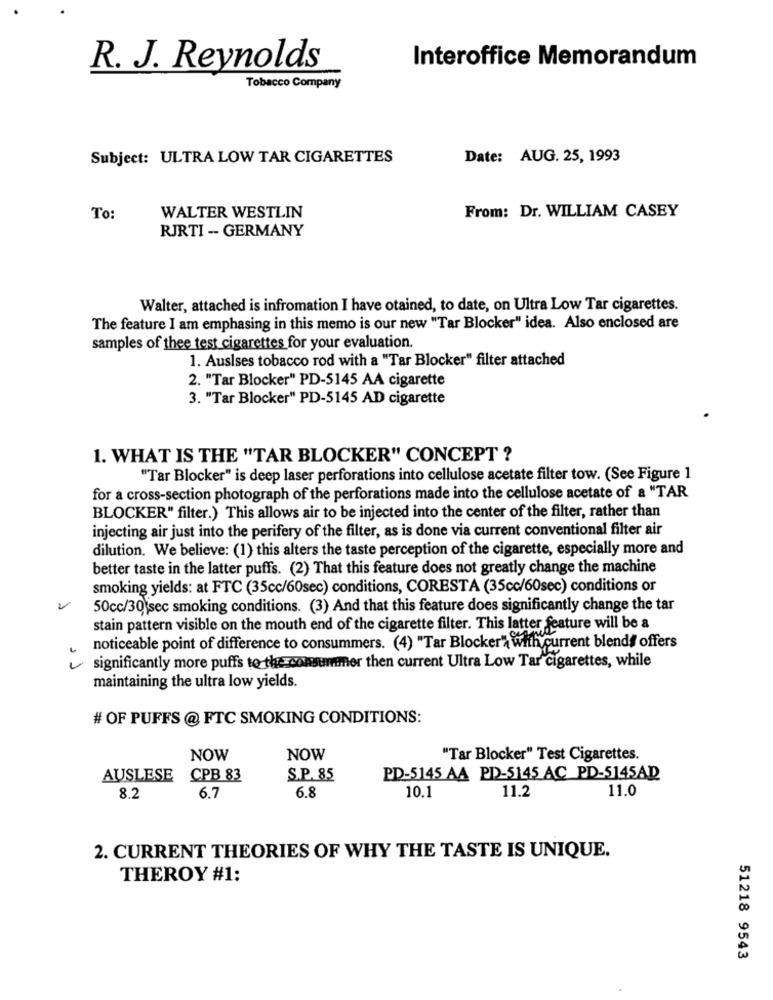
Interoffice Memorandum
R. J. Reynolds
Tobacco Company
Subject: ULTRA LOW TAR CIGARETTES
Date: AUG. 25, 1993
From: Dr. WILLIAM CASEY
To:
WALTER WESTLIN
RJRTI - GERMANY
Walter, attached is infromation I have otained, to date, on Ultra Low Tar cigarettes.
The feature I am emphasing in this memo is our new "Tar Blocker" idea. Also enclosed are
samples of thee test cigarettes for your evaluation.
1. Ausises tobacco rod with a "Tar Blocker" filter attached
2. "Tar Blocker" PD-5145 AA cigarette
3. "Tar Blocker" PD-5145 AD cigarette
1. WHAT IS THE "TAR BLOCKER" CONCEPT ?
"Tar Blocker" is deep laser perforations into cellulose acetate filter tow. (See Figure 1
for a cross-section photograph of the perforations made into the cellulose acetate of a "TAR
BLOCKER" filter.) This allows air to be injected into the center of the filter, rather than
injecting air just into the perifery of the filter, as is done via current conventional filter air
dilution. We believe: (1) this alters the taste perception of the cigarette, especially more and
better taste in the latter puffs. (2) That this feature does not greatly change the machine
smoking yields: at FTC (35cc/60sec) conditions, CORESTA (35cc/60sec) conditions or
50cc/30 sec smoking conditions. (3) And that this feature does significantly change the tar
stain pattern visible on the mouth end of the cigarette filter. This latter feature will be a
noticeable point of difference to consummers. (4) "Tar Blocker' with current blends offers
significantly more puffs to the consumer then current Ultra Low Tar cigarettes, while
maintaining the ultra low yields.
# OF PUFFS @ FTC SMOKING CONDITIONS:
NOW
NOW
"Tar Blocker" Test Cigarettes.
AUSLESE CPB 83
S.P.85
PD-5145 AA PD-5145 AC PD-5145AD
10.1
11.2
11.0
8.2
6.7
6.8
2. CURRENT THEORIES OF WHY THE TASTE IS UNIQUE.
THEROY #1:
51218 9543